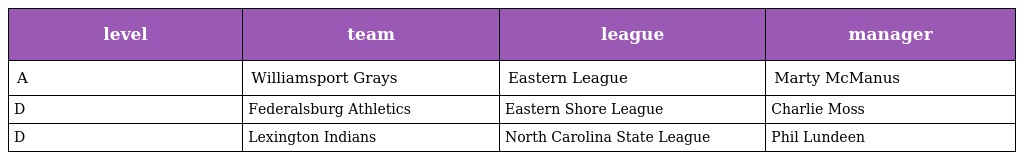
| level | team | league | manager |
 | --- | --- | --- | --- |
 | A | Williamsport Grays | Eastern League | Marty McManus |
 | D | Federalsburg Athletics | Eastern Shore League | Charlie Moss |
 | D | Lexington Indians | North Carolina State League | Phil Lundeen |